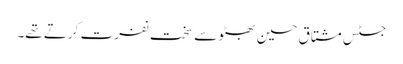
جسٹس مشتاق حسین بھٹو سے سخت نفرت کرتے تھے۔